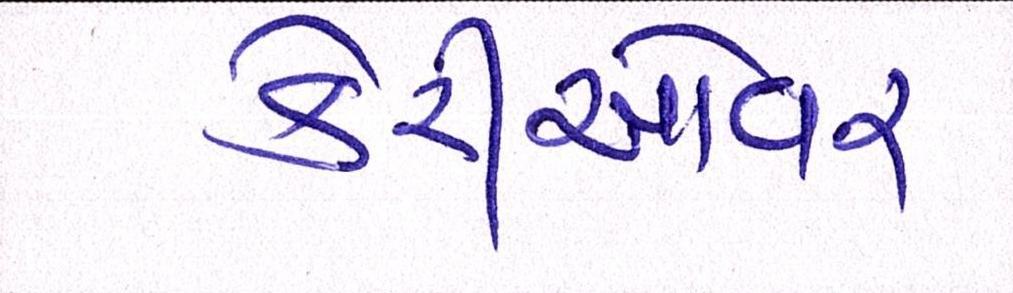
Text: કેરીઓવર